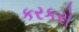
કરકરો